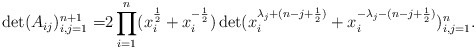
\begin{align*}\det(A_{ij})^{n+1}_{i,j=1}=&2\prod^n_{i=1}(x^{\frac{1}{2}}_i+x^{-\frac{1}{2}}_i)\det(x^{\lambda_j+(n-j+\frac{1}{2})}_i+x^{-\lambda_j-(n-j+\frac{1}{2})}_i)^{n}_{i,j=1}.\end{align*}